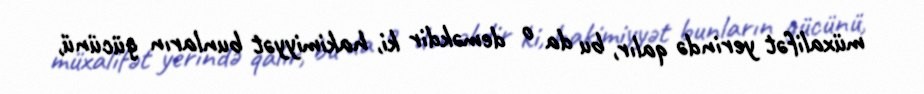
müxalifət yerində qalır, bu da o deməkdir ki, hakimiyyət bunların gücünü,